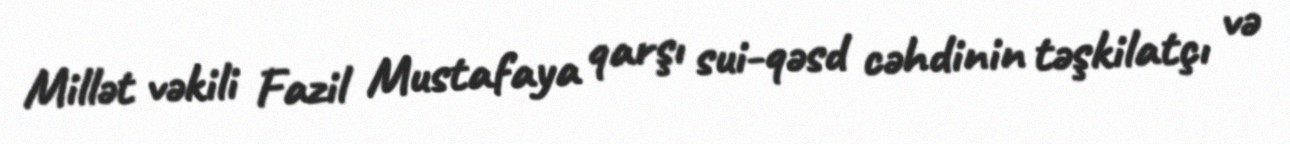
Millət vəkili Fazil Mustafaya qarşı sui-qəsd cəhdinin təşkilatçı və